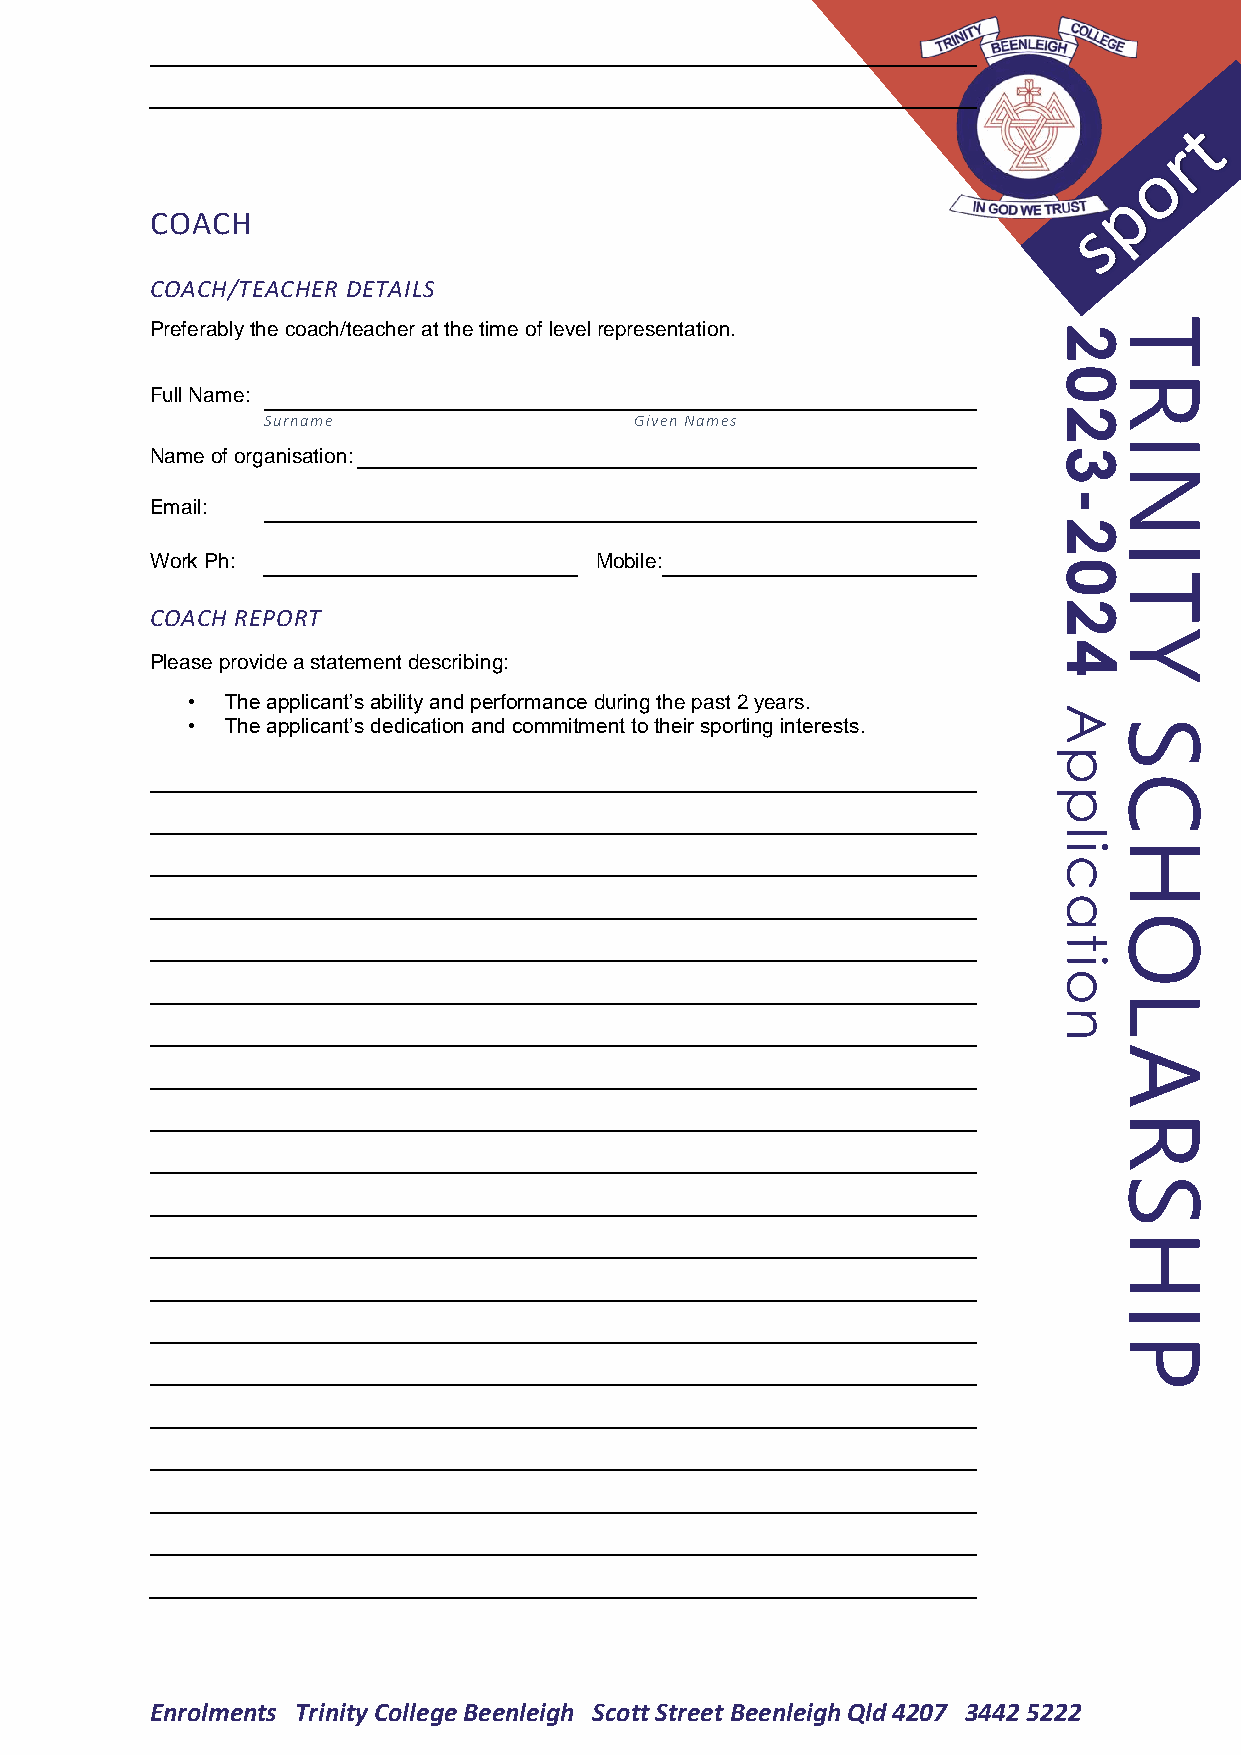
COACH
 COACH/TEACHER DETAILS
 Preferably the coach/teacher at the time of level representation. 2T
 0R
 Full Name:
 2
 Surname                  Given Names
 I
 Name of organisation:                                       3
 N
 -
 Email:
 2
 I
 Work Ph:                     Mobile:
 0
 T
 2
 COACH REPORT
 Y
 4
 Please provide a statement describing:
 •  The applicant’s ability and performance during the past 2 years.
 A
 •  The applicant’s dedication and commitment to their sporting interests. S
 p
 C
 p
 l
 iH
 c
 a
 O
 t
 i
 o
 L
 n
 A
 R
 S
 H
 I
 P
 Enrolments Trinity College Beenleigh Scott Street Beenleigh Qld 4207 3442 5222